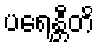
ပရေန္တီတိ